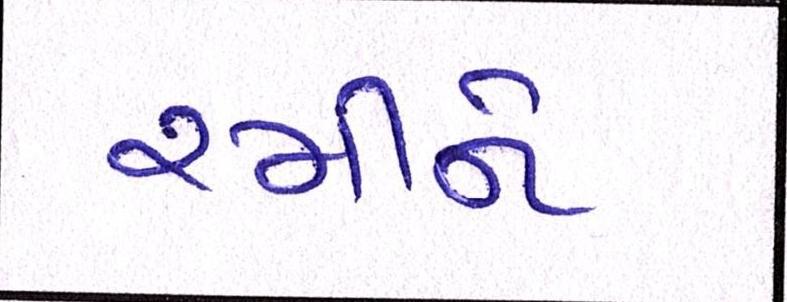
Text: રમીને